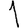
Digit: 1